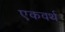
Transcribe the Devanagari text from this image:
एकवर्थ